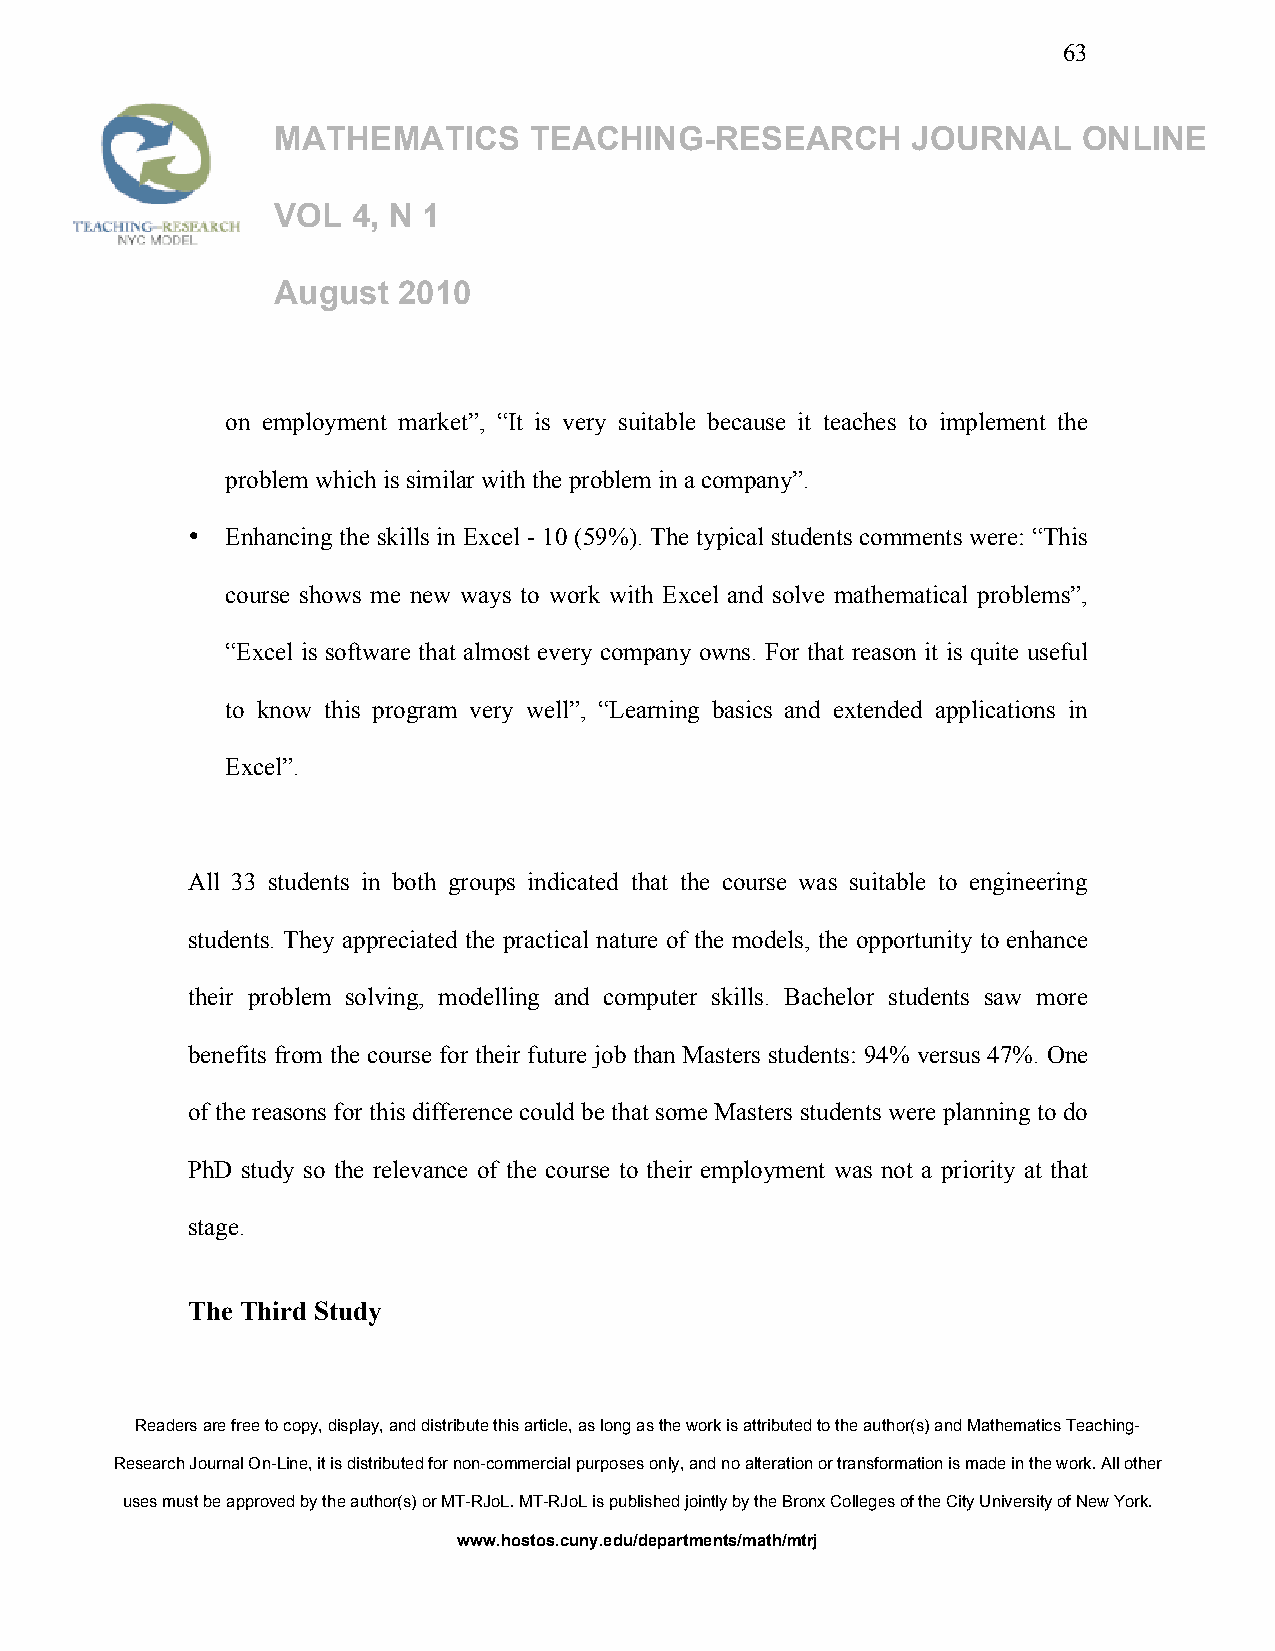
63
 MATHEMATICS      TEACHING-RESEARCH        JOURNAL     ONLINE
 VOL  4, N 1
 August  2010
 on employment market”, “It is very suitable because it teaches to implement the
 problem which is similar with the problem in a company”.
 •  Enhancing the skills in Excel - 10 (59%). The typical students comments were: “This
 course shows me new ways to work with Excel and solve mathematical problems”,
 “Excel is software that almost every company owns. For that reason it is quite useful
 to know this program very well”, “Learning basics and extended applications in
 Excel”.
 All 33 students in both groups indicated that the course was suitable to engineering
 students. They appreciated the practical nature of the models, the opportunity to enhance
 their problem solving, modelling and computer skills. Bachelor students saw more
 benefits from the course for their future job than Masters students: 94% versus 47%. One
 of the reasons for this difference could be that some Masters students were planning to do
 PhD study so the relevance of the course to their employment was not a priority at that
 stage.
 The Third Study
 Readers are free to copy, display, and distribute this article, as long as the work is attributed to the author(s) and Mathematics Teaching-
 Research Journal On-Line, it is distributed for non-commercial purposes only, and no alteration or transformation is made in the work. All other
 uses must be approved by the author(s) or MT-RJoL. MT-RJoL is published jointly by the Bronx Colleges of the City University of New York.
 www.hostos.cuny.edu/departments/math/mtrj